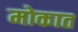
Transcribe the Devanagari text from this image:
मोकात